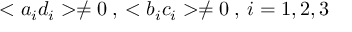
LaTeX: < a _ { i } d _ { i } > \neq 0 \: , \: < b _ { i } c _ { i } > \neq 0 \: , \: i = 1 , 2 , 3